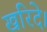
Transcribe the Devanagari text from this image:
खरिदे।